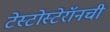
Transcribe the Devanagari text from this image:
टेस्टोस्टेरॉनची